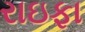
રાઇફા